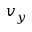
v _ { y }